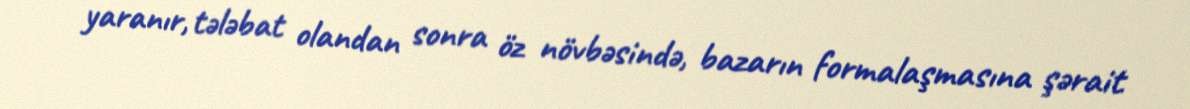
yaranır, tələbat olandan sonra öz növbəsində, bazarın formalaşmasına şərait